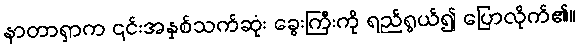
နာတာရှာက ၎င်းအနှစ်သက်ဆုံး ခွေးကြီးကို ရည်ရွယ်၍ ပြောလိုက်၏။